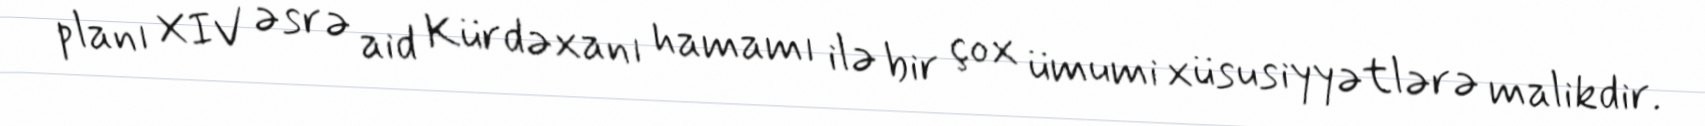
planı XIV əsrə aid Kürdəxanı hamamı ilə bir çox ümumi xüsusiyyətlərə malikdir.